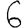
Digit: 6